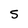
Character: 5